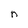
Character: n